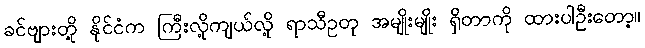
ခင်ဗျားတို့ နိုင်ငံက ကြီးလို့ကျယ်လို့ ရာသီဥတု အမျိုးမျိုး ရှိတာကို ထားပါဦးတော့။